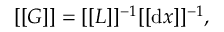
[ [ G ] ] = [ [ L ] ] ^ { - 1 } [ [ \mathrm { d } x ] ] ^ { - 1 } ,